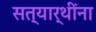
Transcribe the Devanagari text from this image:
सत्यार्थींना